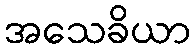
အသေခိယာ